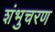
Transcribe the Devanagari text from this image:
शंभुचरण